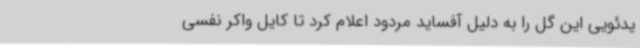
یدئویی این گل را به دلیل آفساید مردود اعلام کرد تا کایل واکر نفسی